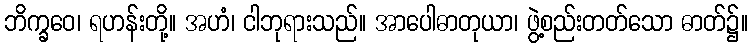
ဘိက္ခဝေ၊ ရဟန်းတို့။ အဟံ၊ ငါဘုရားသည်။ အာပေါဓာတုယာ၊ ဖွဲ့စည်းတတ်သော ဓာတ်၌။